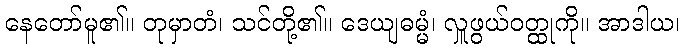
နေတော်မူ၏။ တုမှာတံ၊ သင်တို့၏။ ဒေယျဓမ္မံ၊ လှူဖွယ်ဝတ္ထုကို။ အာဒါယ၊